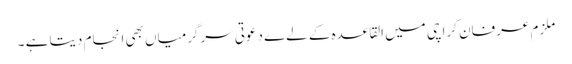
ملزم عرفان کراچی میں القاعدہ کے لےے دعوتی سرگرمیاں بھی انجام دیتا ہے ۔